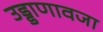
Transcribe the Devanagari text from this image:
उड्डाणावजा